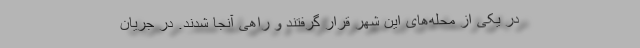
در یکی از محله‌های این شهر قرار گرفتند و راهی آنجا شدند. در جریان